Civil Veterinary Dept. Bombay admin report 1900-1906 - 1900-1906
Year: 1900
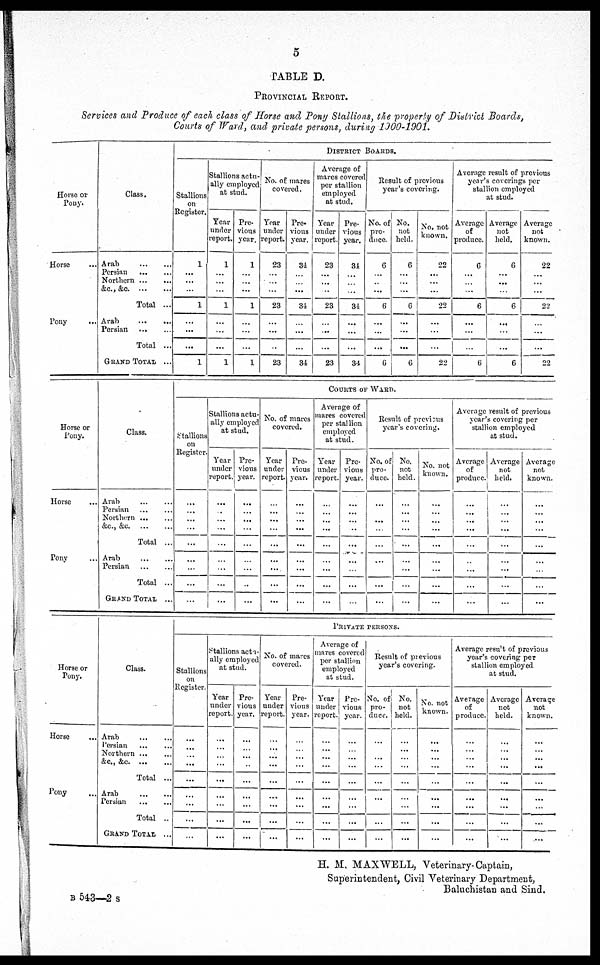
5
TABLE D.
PROVINCIAL REPORT.
Services and Produce of each class of Horse and Pony Stallions, the property of District Boards,
Courts of Ward, and private persons, during 1900-1901.
Horse or
Pony.
Horse ...
Pony ...
Class.
Arab ... ...
Persian
...
...
Northern ...
...
&c., &c. ... ...
Total ...
Arab
...
...
Persian
...
...
Total ...
GRAND
TOTAL
...
DISTRICT
BOARDS.
Stallions
on
Register.
1
...
...
...
1
...
...
...
1
Stallions actu-
ally employed
at stud.
Year
under
report.
1
...
...
...
1
...
...
...
1
Pre-
vious
year.
1
...
...
...
1
...
...
...
1
No. of mares
covered.
Year
under
report.
23
...
...
...
23
...
...
...
23
Pre¬
vious
year.
314
...
...
...
34
...
...
...
34
Average of
mares covered
per stallion
employed
at stud.
Year
under
report.
23
...
...
...
23
...
...
...
23
Pre-
vious
year.
34
...
...
...
34
...
...
...
34
Result of previous
year's covering.
No. of
pro-
duce.
6
...
...
...
6
...
...
...
6
No.
not
held.
6
...
...
...
6
...
...
...
6
No. not
known.
22
...
...
...
22
...
...
...
22
Average result of previous
year's coverings per
stallion employed
at stud.
Average
of
produce.
6
...
...
6
...
...
6
Average
not
held.
6
...
...
...
6
...
...
...
6
Average
not
known.
22
...
...
...
22
...
...
...
22
Horse or
Pony.
Horse ...
Pony ...
Class.
Arab
...
...
Persian ... ...
Northern ... ...
&c., &c. ... ...
Total ...
Arab
...
...
Persian
...
...
Total ...
GRAND
TOTAL
...
COURTS OF WARD.
Stallions
on
Register.
...
...
...
...
...
...
...
...
...
Stallions actu-
ally employed
at stud.
Year
under
report.
...
...
...
...
...
...
...
...
...
Pre-
vious
year.
...
...
...
...
...
...
...
...
...
No. of mares
covered.
Year
under
report.
...
...
...
...
...
...
...
...
...
Pre-
vious
year.
...
...
...
...
...
...
...
...
...
Average of
mares covered
per stallion
employed
at stud.
Year
under
report.
...
...
...
...
...
...
...
...
...
Pre-
vious
year.
...
...
...
...
...
...
...
...
...
Result of previous
year's covering.
No. of
pro¬
duce.
...
...
...
...
...
...
...
...
...
No.
not
held.
...
...
...
...
...
...
...
...
...
No. not
known.
...
...
...
...
...
...
...
...
...
Average result of previous
year's covering per
stallion employed
at stud.
Average
of
produce.
...
...
...
...
...
...
...
...
...
Average
not
held.
...
...
...
...
...
...
...
...
...
Average
not
known.
...
...
...
...
...
...
...
...
...
Horse or
Pony.
Horse ...
Pony ...
Class.
Arab
...
...
Persian ... ...
Northern
...
...
&c., &.c
...
...
Total ...
Arab
...
...
Persian
...
Total ..
GRAND
TOTAL
...
PRIVATE
PERSONS.
Stallions
on
Register.
...
...
...
...
...
...
...
...
...
Stallions actu-
ally employed
at stud.
Year
under
report.
...
...
...
...
...
...
...
...
...
Pre-
vious
year.
...
...
...
...
...
...
...
...
...
No. of mares
covered.
Year
under
report.
...
...
...
...
...
...
...
...
...
Pre-
vious
year.
...
...
...
...
...
...
...
...
...
Average of
mares covered
per stallion
employed
at stud.
Year
under
report.
...
...
...
...
...
...
...
...
...
Pre-
vious
year.
...
...
...
...
...
...
...
...
...
Result of previous
year's covering.
No. of
pro-
duce.
...
...
...
...
...
...
...
...
...
No.
not
held.
...
...
...
...
...
...
...
...
...
No. not
known.
...
...
...
...
...
...
...
...
...
Average result of previous
year's covering per
stallion employed
at stud.
Average
of
produce.
...
...
...
...
...
...
...
...
...
Average
not
held.
...
...
...
...
...
...
...
...
...
Average
not
known.
...
...
...
...
...
...
...
...
...
H. M. MAXWELL, Veterinary-Captain,
Superintendent, Civil Veterinary Department,
Baluchistan and Sind.
B 543—2 s